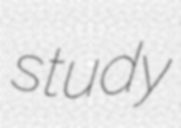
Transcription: study